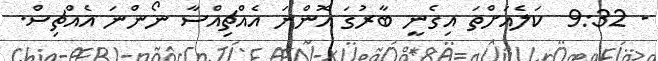
- 9:32  ކަލެއަށްތަ އިގެނީ ބާރުގަ އޮންނަ އެއްޗިއްސާ ނޯންނަ އެއްޗިސް.